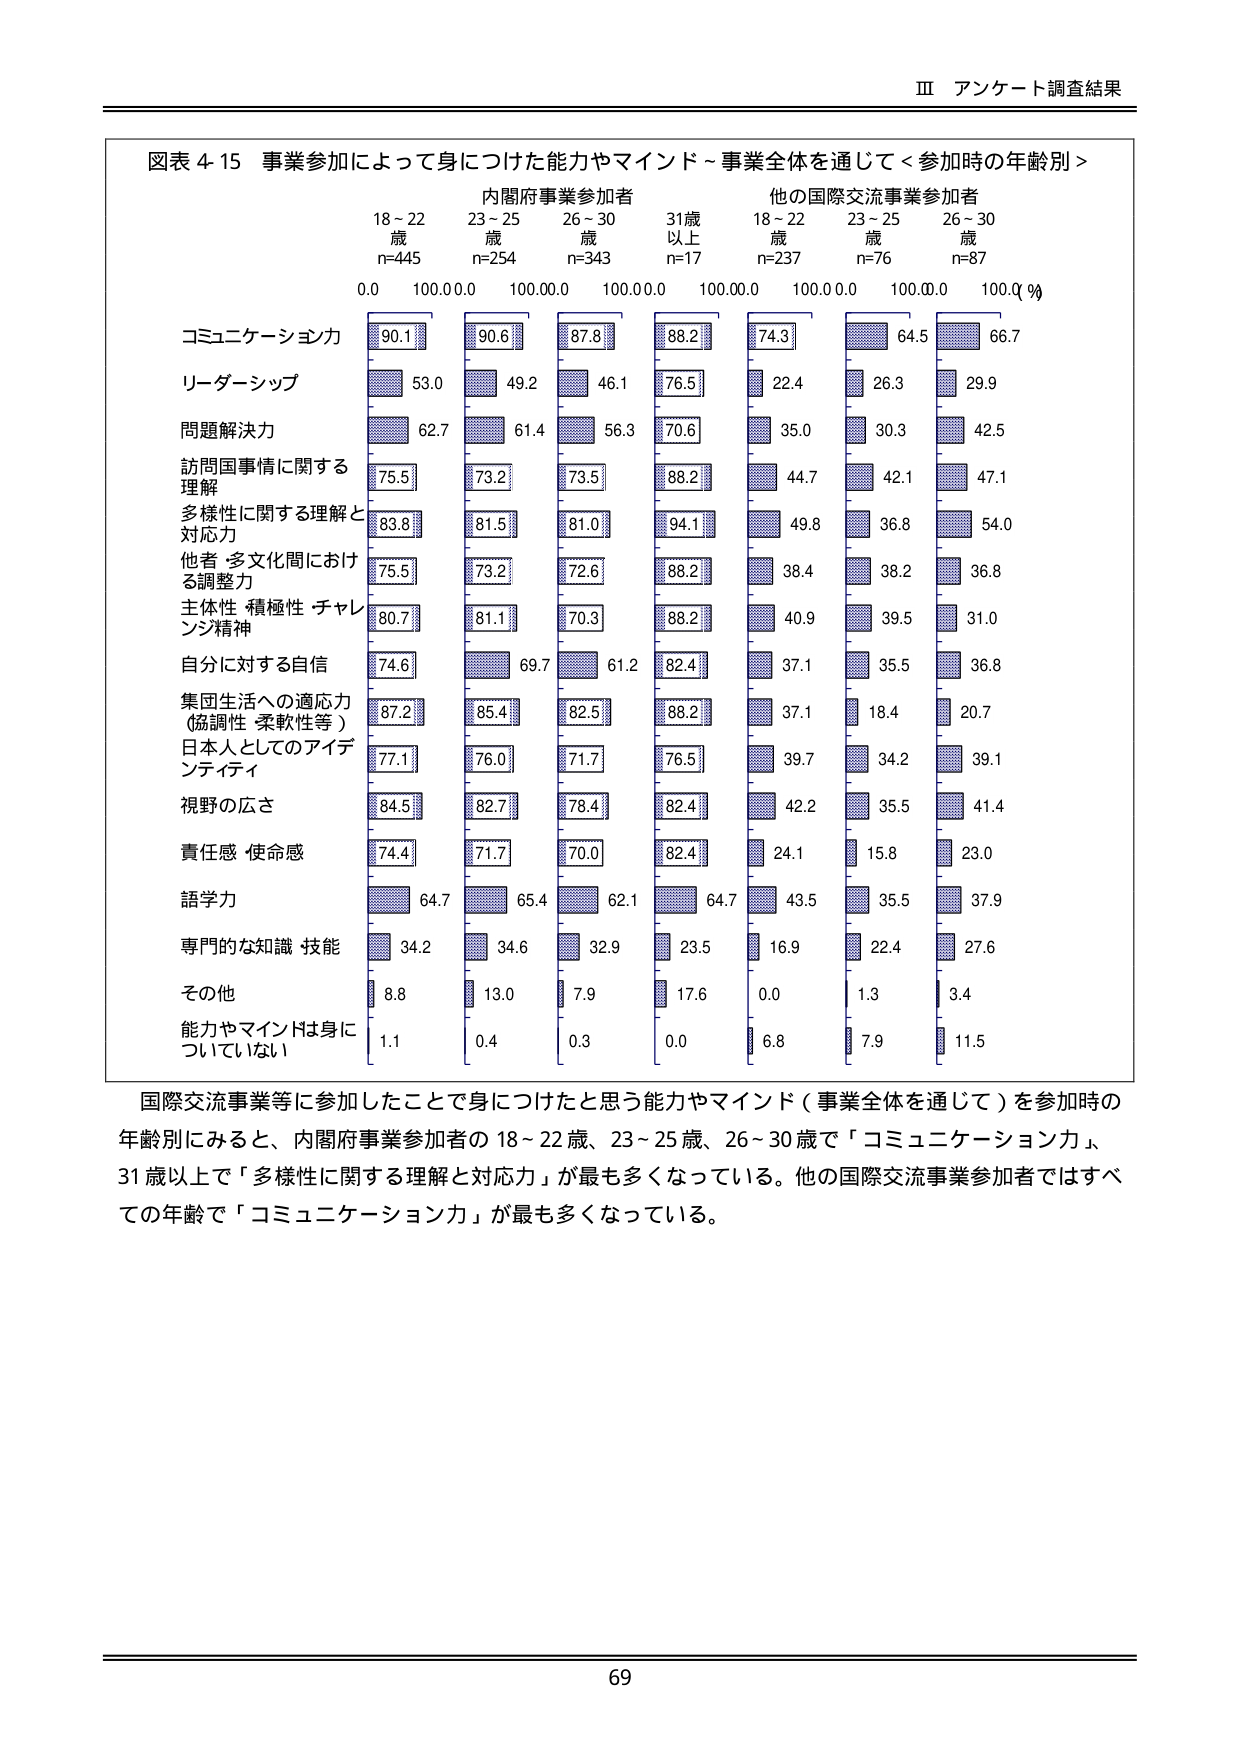
Ⅲ アンケート調査結果

図表 4-15 事業参加によって身につけた能力やマインド～事業全体を通じて＜参加時の年齢別＞

内閣府事業参加者
18～22 歳 n=445
23～25 歳 n=254
26～30 歳 n=343
31歳以上 n=17

他の国際交流事業参加者
18～22 歳 n=237
23～25 歳 n=76
26～30 歳 n=87

0.0 100.0 0.0 100.0 0.0 100.0 0.0 100.0 0.0 100.0 0.0 100.0 0.0 100.0（％）

コミュニケーション力
90.1 90.6 87.8 88.2 74.3 64.5 66.7

リーダーシップ
53.0 49.2 46.1 76.5 22.4 26.3 29.9

問題解決力
62.7 61.4 56.3 70.6 35.0 30.3 42.5

訪問国事情に関する理解
75.5 73.2 73.5 88.2 44.7 42.1 47.1

多様性に関する理解と対応力
83.8 81.5 81.0 94.1 49.8 36.8 54.0

他者・多文化間における調整力
75.5 73.2 72.6 88.2 38.4 38.2 36.8

主体性・積極性・チャレンジ精神
80.7 81.1 70.3 88.2 40.9 39.5 31.0

自分に対する自信
74.6 69.7 61.2 82.4 37.1 35.5 36.8

集団生活への適応力（協調性・柔軟性等）
87.2 85.4 82.5 88.2 37.1 18.4 20.7

日本人としてのアイデンティティ
77.1 76.0 71.7 76.5 39.7 34.2 39.1

視野の広さ
84.5 82.7 78.4 82.4 42.2 35.5 41.4

責任感・使命感
74.4 71.7 70.0 82.4 24.1 15.8 23.0

語学力
64.7 65.4 62.1 64.7 43.5 35.5 37.9

専門的な知識・技能
34.2 34.6 32.9 23.5 16.9 22.4 27.6

その他
8.8 13.0 7.9 17.6 0.0 1.3 3.4

能力やマインドは身についていない
1.1 0.4 0.3 0.0 6.8 7.9 11.5

国際交流事業等に参加したことで身につけたと思う能力やマインド（事業全体を通じて）を参加時の年齢別にみると、内閣府事業参加者の18～22歳、23～25歳、26～30歳で「コミュニケーション力」、31歳以上で「多様性に関する理解と対応力」が最も多くなっている。他の国際交流事業参加者ではすべての年齢で「コミュニケーション力」が最も多くなっている。

69